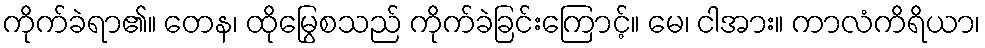
ကိုက်ခဲရာ၏။ တေန၊ ထိုမြွေစသည် ကိုက်ခဲခြင်းကြောင့်။ မေ၊ ငါအား။ ကာလံကိရိယာ၊